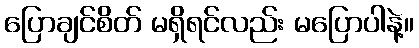
ပြောချင်စိတ် မရှိရင်လည်း မပြောပါနဲ့။